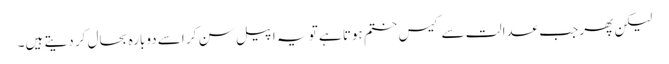
لیکن پھر جب عدالت سے کیس ختم ہوتا ہے تو یہ اپیل سن کر اسے دوبارہ بحال کر دیتے ہیں۔